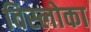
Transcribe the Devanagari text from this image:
विस्लोका